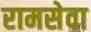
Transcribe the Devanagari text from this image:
रामसेवा